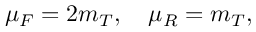
\mu _ { F } = 2 m _ { T } , \quad \mu _ { R } = m _ { T } ,